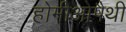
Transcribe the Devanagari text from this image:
होमीओपैथी